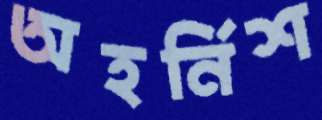
অহর্নিশ